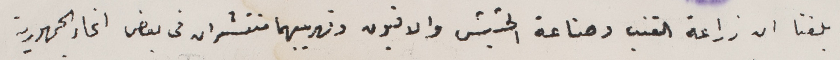
بلغنا ان زراعة القنب وصناعة الحشيش والافيون وتهريبهما منتشران فى بعض انحاء الجمهورية